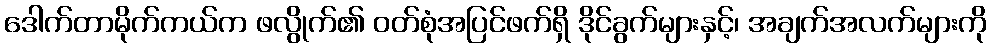
ဒေါက်တာမိုက်ကယ်က ဖလွိုက်၏ ဝတ်စုံအပြင်ဖက်ရှိ ဒိုင်ခွက်များနှင့်၊ အချက်အလက်များကို